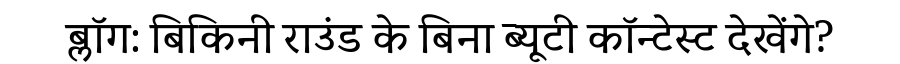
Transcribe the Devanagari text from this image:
ब्लॉग: बिकिनी राउंड के बिना ब्यूटी कॉन्टेस्ट देखेंगे?